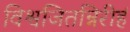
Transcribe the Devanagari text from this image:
विश्वजितन्निरीहं